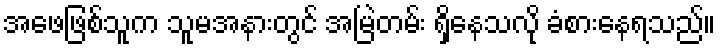
အဖေဖြစ်သူက သူမအနားတွင် အမြဲတမ်း ရှိနေသလို ခံစားနေရသည်။